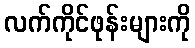
လက်ကိုင်ဖုန်းများကို